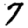
Digit: 7